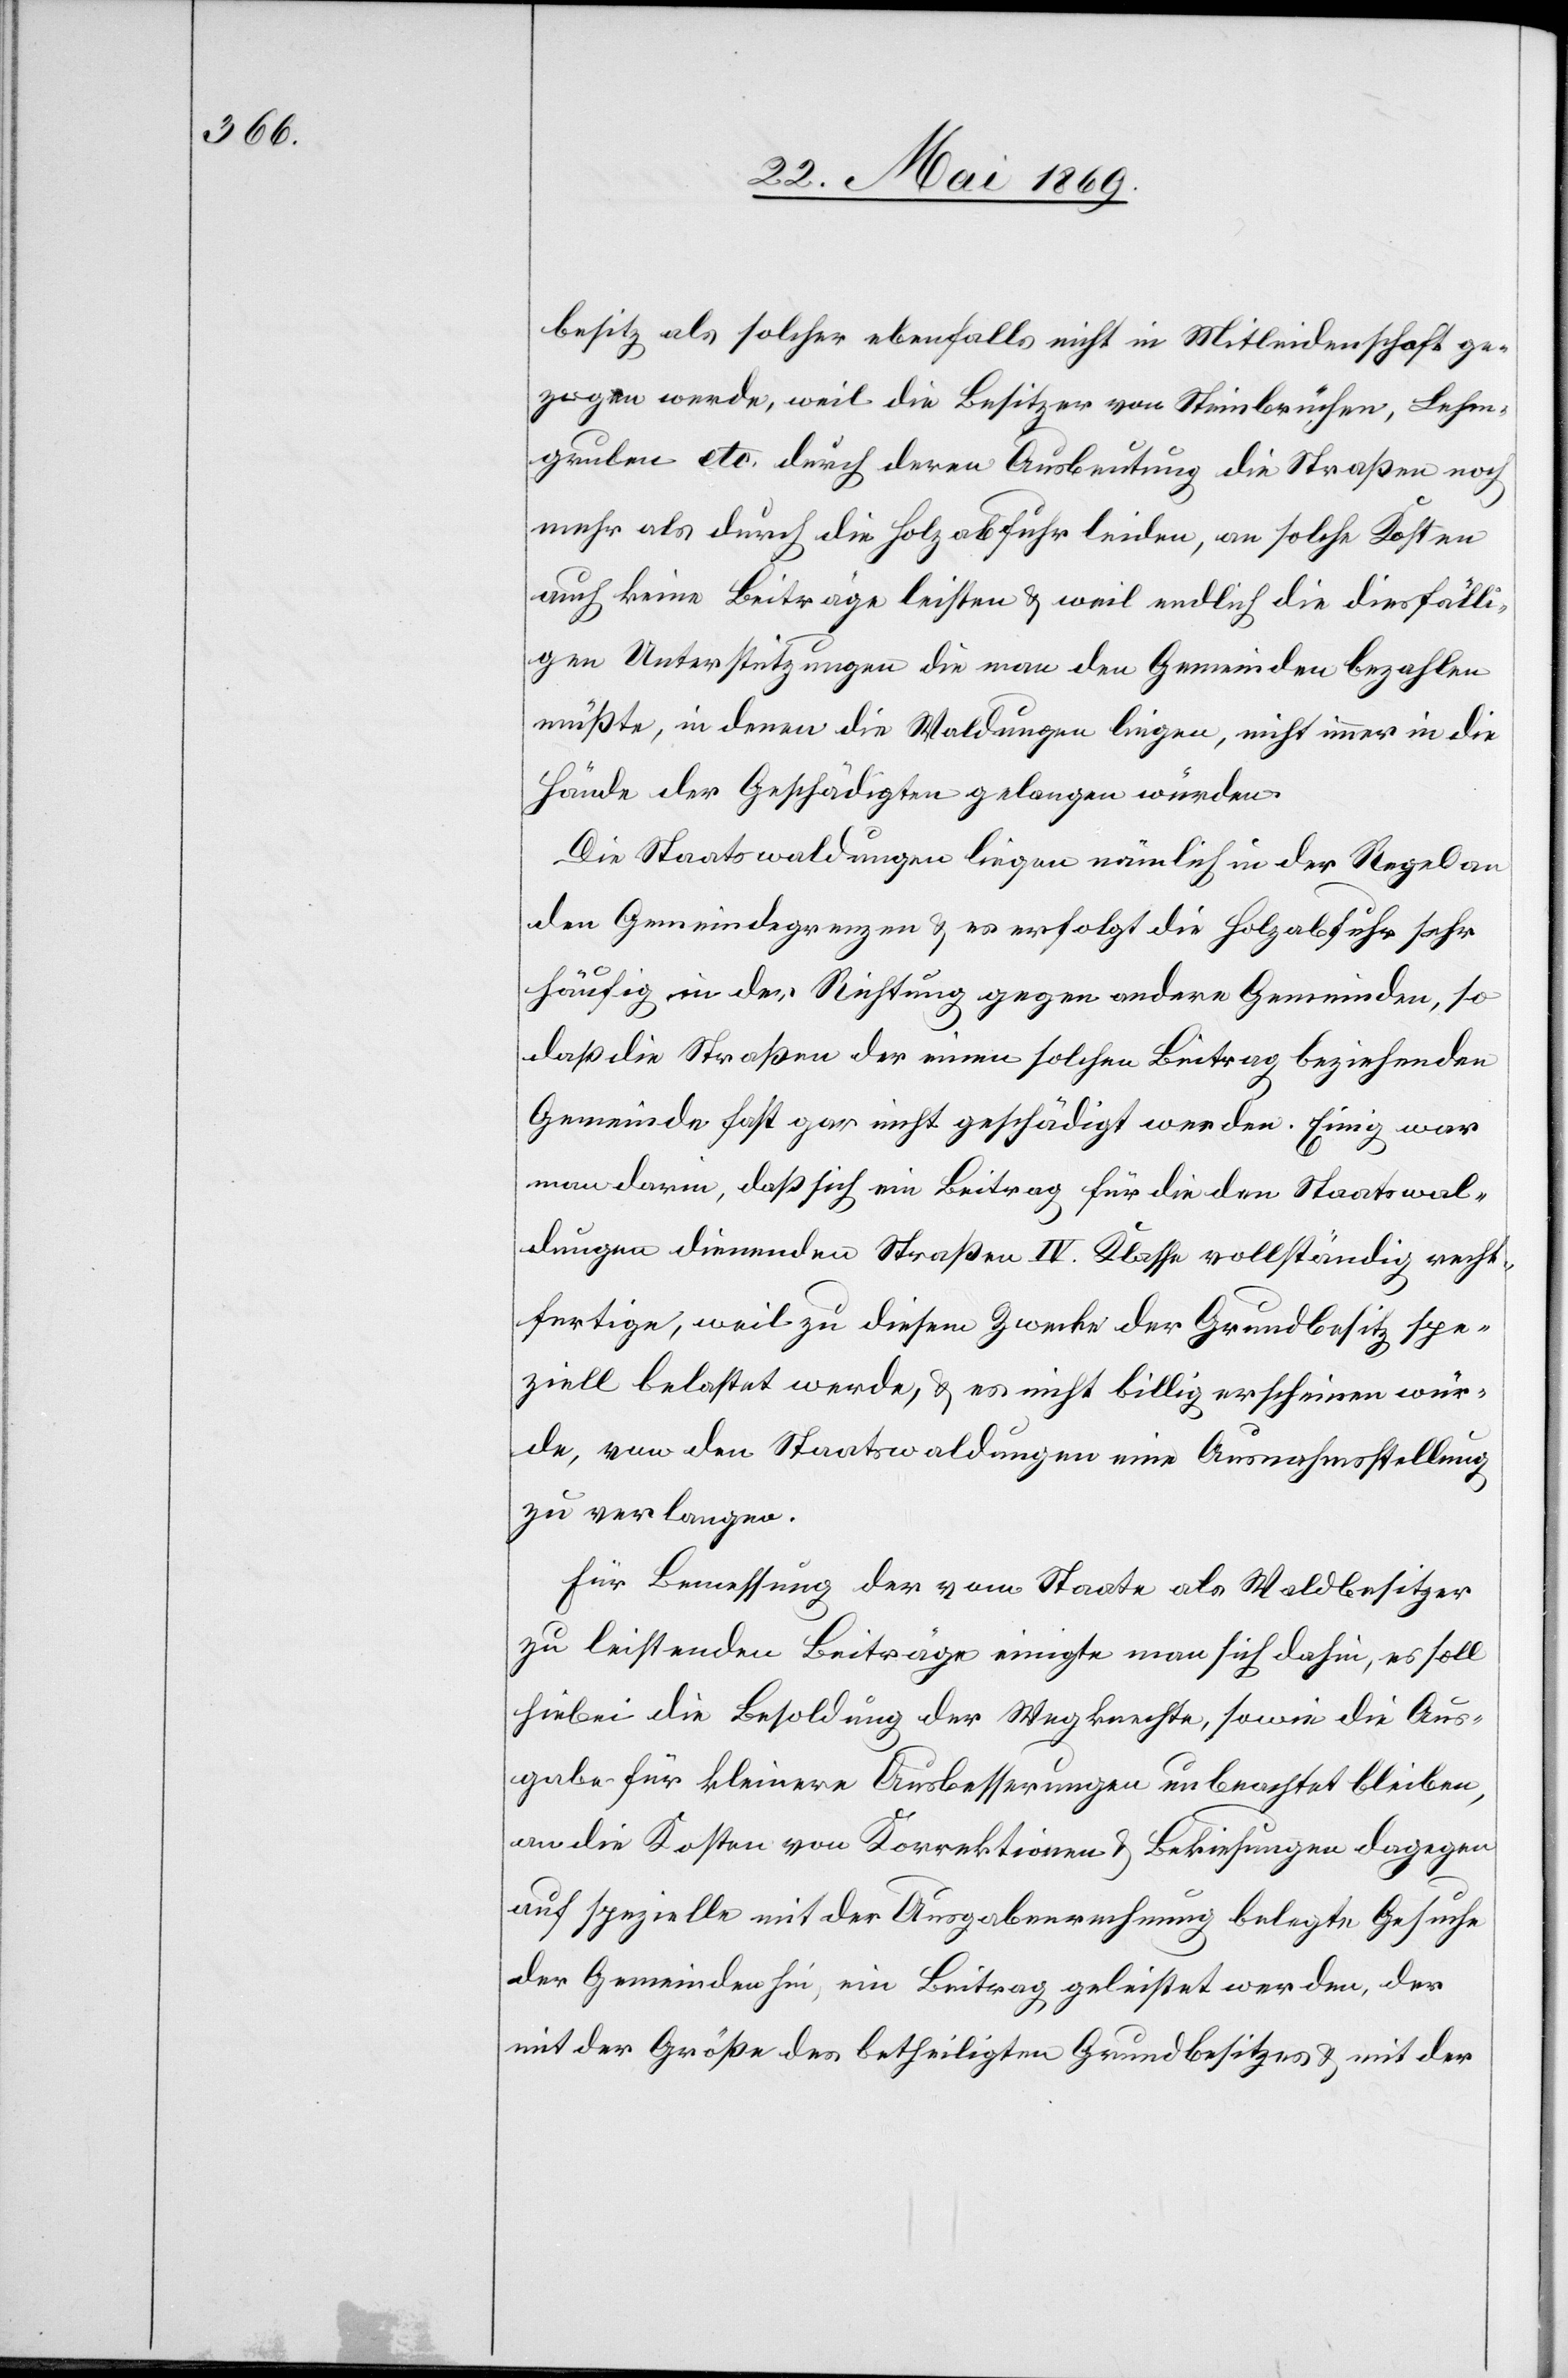
besitz als solcher ebenfalls nicht in Mitleidenschaft ge¬
zogen werde, weil die Besitzer von Steinbrüchen, Lehm¬
gruben etc. durch deren Ausbeutung die Straßen noch
mehr als durch die Holzabfuhr leiden, an solche Kosten
auch keine Beiträge leisten u. weil endlich die diesfälli¬
gen Unterstützungen die man der Gemeinden bezahlen
müßte, in denen die Waldungen liegen, nicht immer in die
Hände der Geschädigten gelangen würden.
Die Staatswaldungen liegen nämlich in der Regel an
den Gemeindegrenzen u. es erfolgt die Holzabfuhr sehr
häufig in der Richtung gegen andere Gemeinden, so
daß die Straßen der einen solchen Beitrag beziehenden
Gemeinden fast gar nicht geschädigt werden. Einig war
man darin, daß sich ein Beitrag für die den Staatswal¬
dungen dienenden Straßen IV. Klasse vollständig recht¬
fertige, weil zu diesem Zwecke der Grundbesitz spe¬
ziell belastet werde, u. es nicht billig erscheinen wür¬
de, von den Staatswaldungen eine Ausnahmsstellung
zu verlangen.
Für Bemessung der vom Staate als Waldbesitzer
zu leistenden Beiträge einigte man sich dahin, es soll
hiebei die Besoldung der Wegknechte, sowie die Aus¬
gabe für kleinere Ausbesserungen unbeachtet bleiben,
an die Kosten von Korrektionen u. Bekiesungen dagegen
auf spezielle mit der Ausgabenrechnung belegte Gesuche
der Gemeinden hin, ein Beitrag geleistet werden, der
mit der Größe des betheiligten Grundbesitzes u. mit der